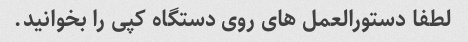
لطفا دستورالعمل های روی دستگاه کپی را بخوانید.